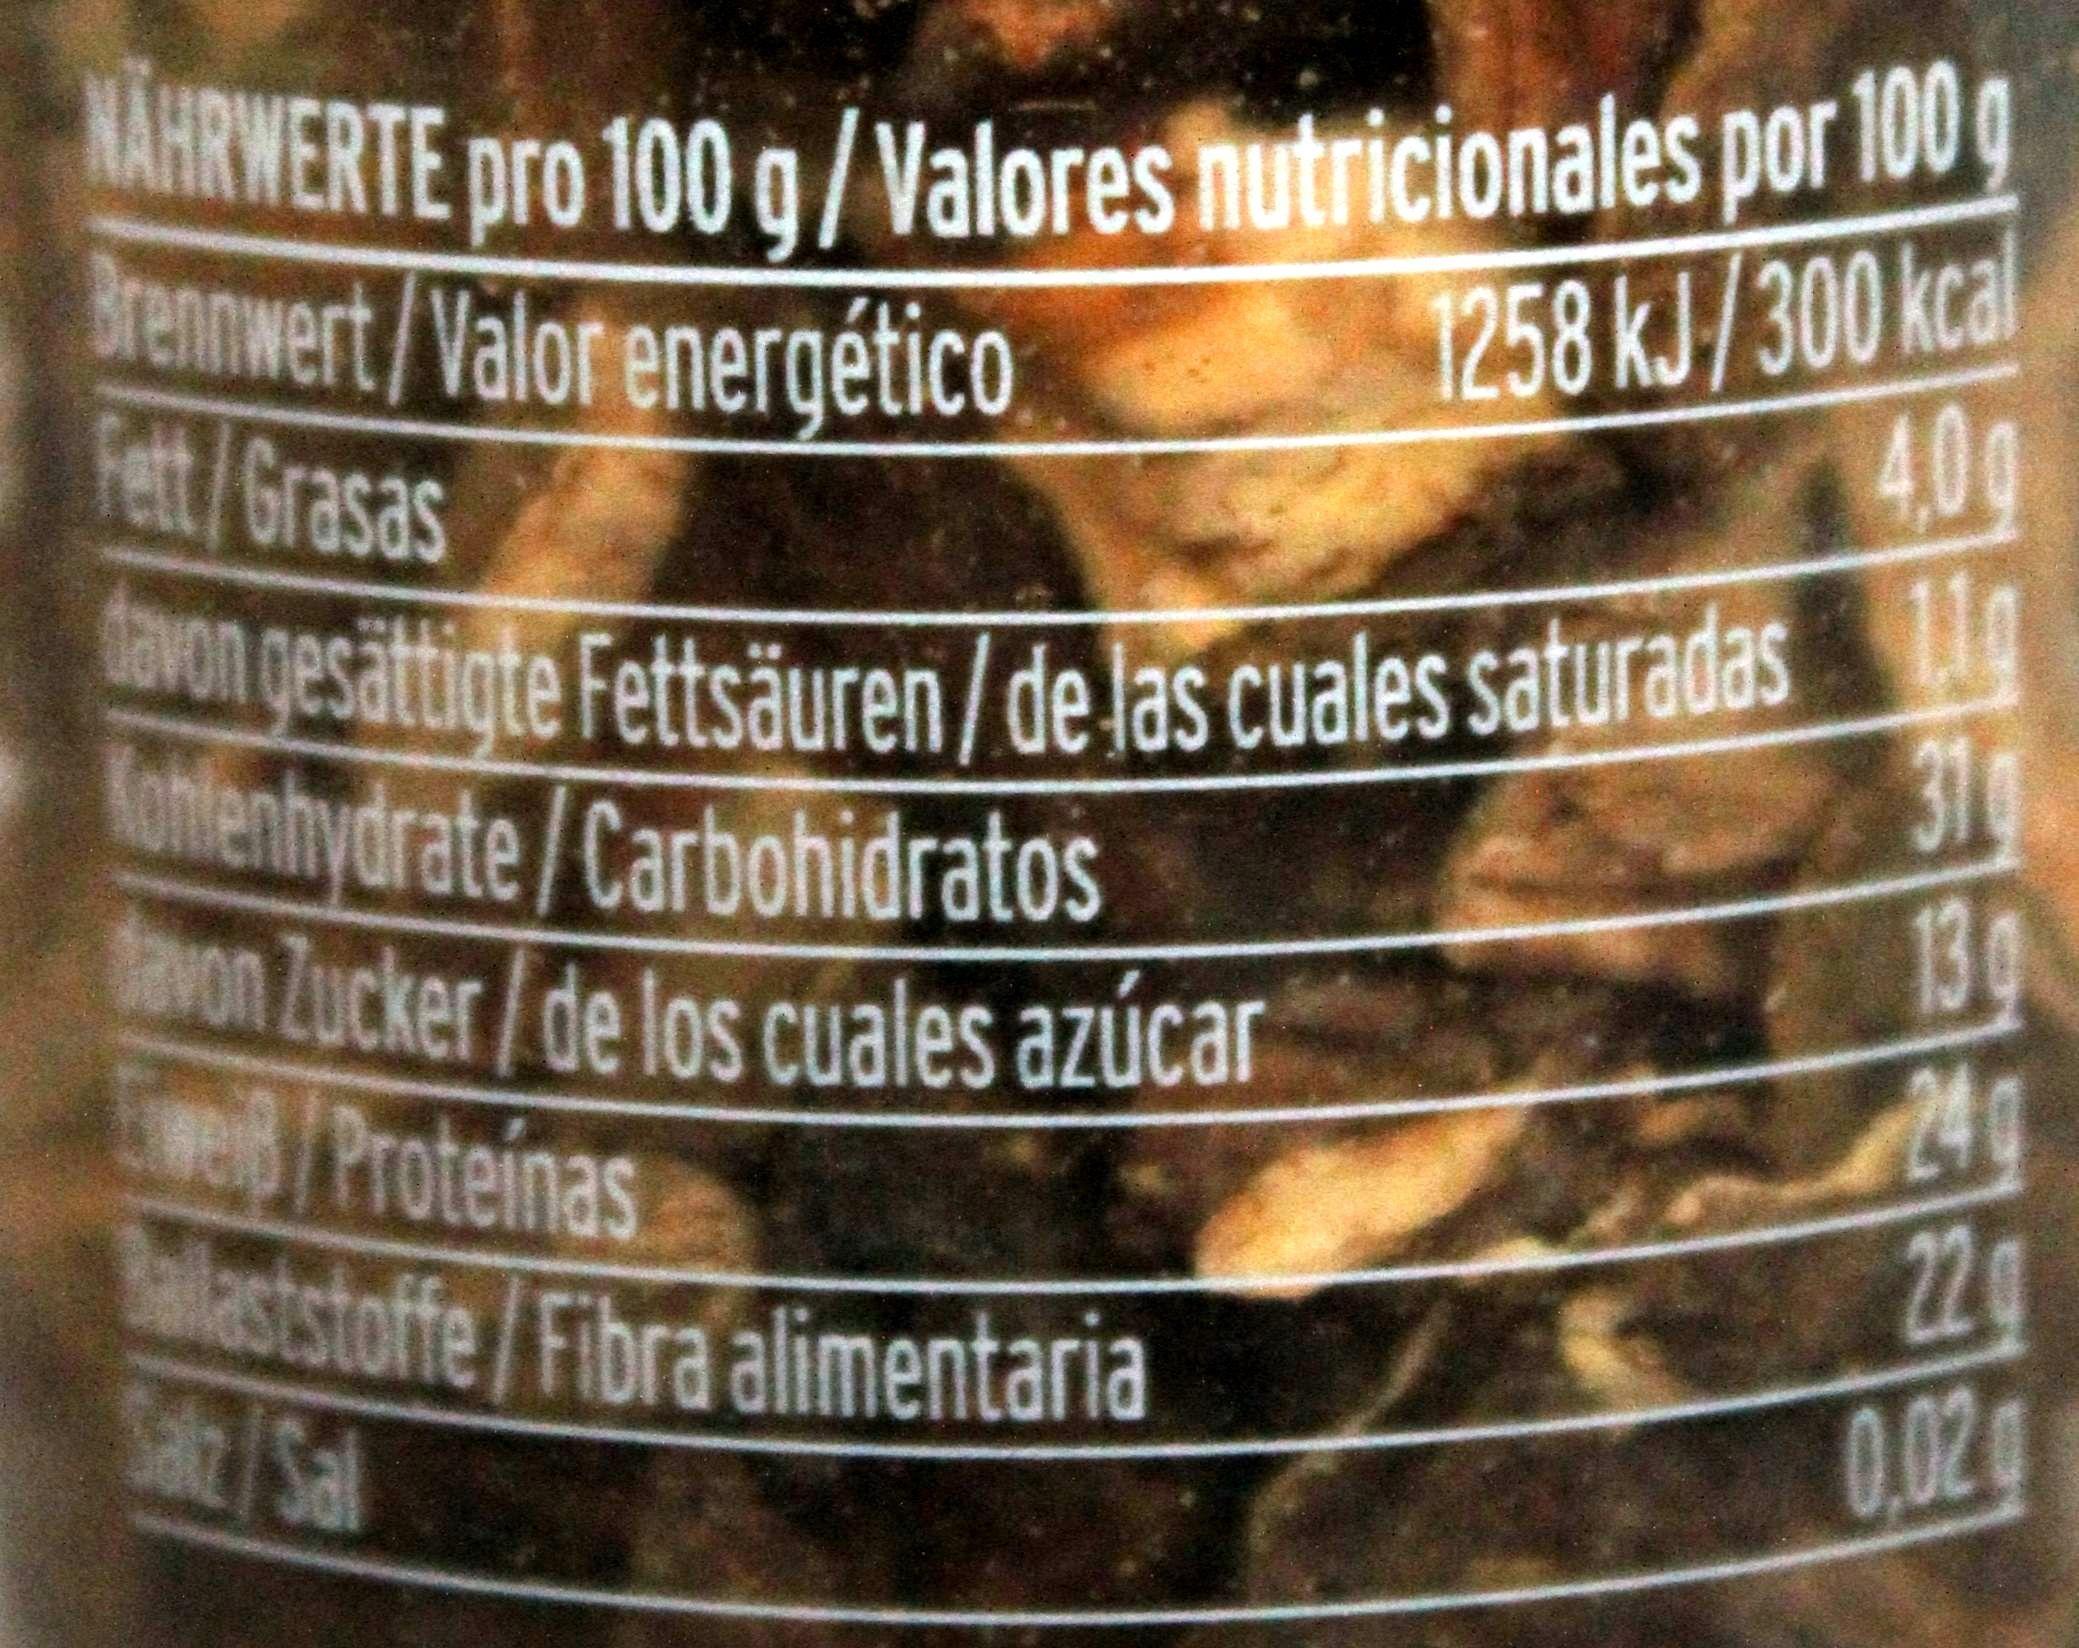
NÄHRWERTE pro 100 g/Valores nutricionales por 100 g Brennwert/Valor energético Fett/Grasas 1258 kJ/300 kcal 40g tavon gesättigte Fettsäuren/de las cuales saturadas g Konfenhydrate/Carbohidratos tavon Zucker/de los cuales azúcar Ewei/Proteinas Balaststoffe/Fibra alimentaria Salt/Sal 310 130 24g 22 0.02g